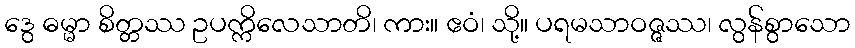
ဒွေ ဓမ္မာ စိတ္တဿ ဥပက္ကိလေသာတိ၊ ကား။ ဧဝံ၊ သို့။ ပရမသာဝဇ္ဇဿ၊ လွန်စွာသော